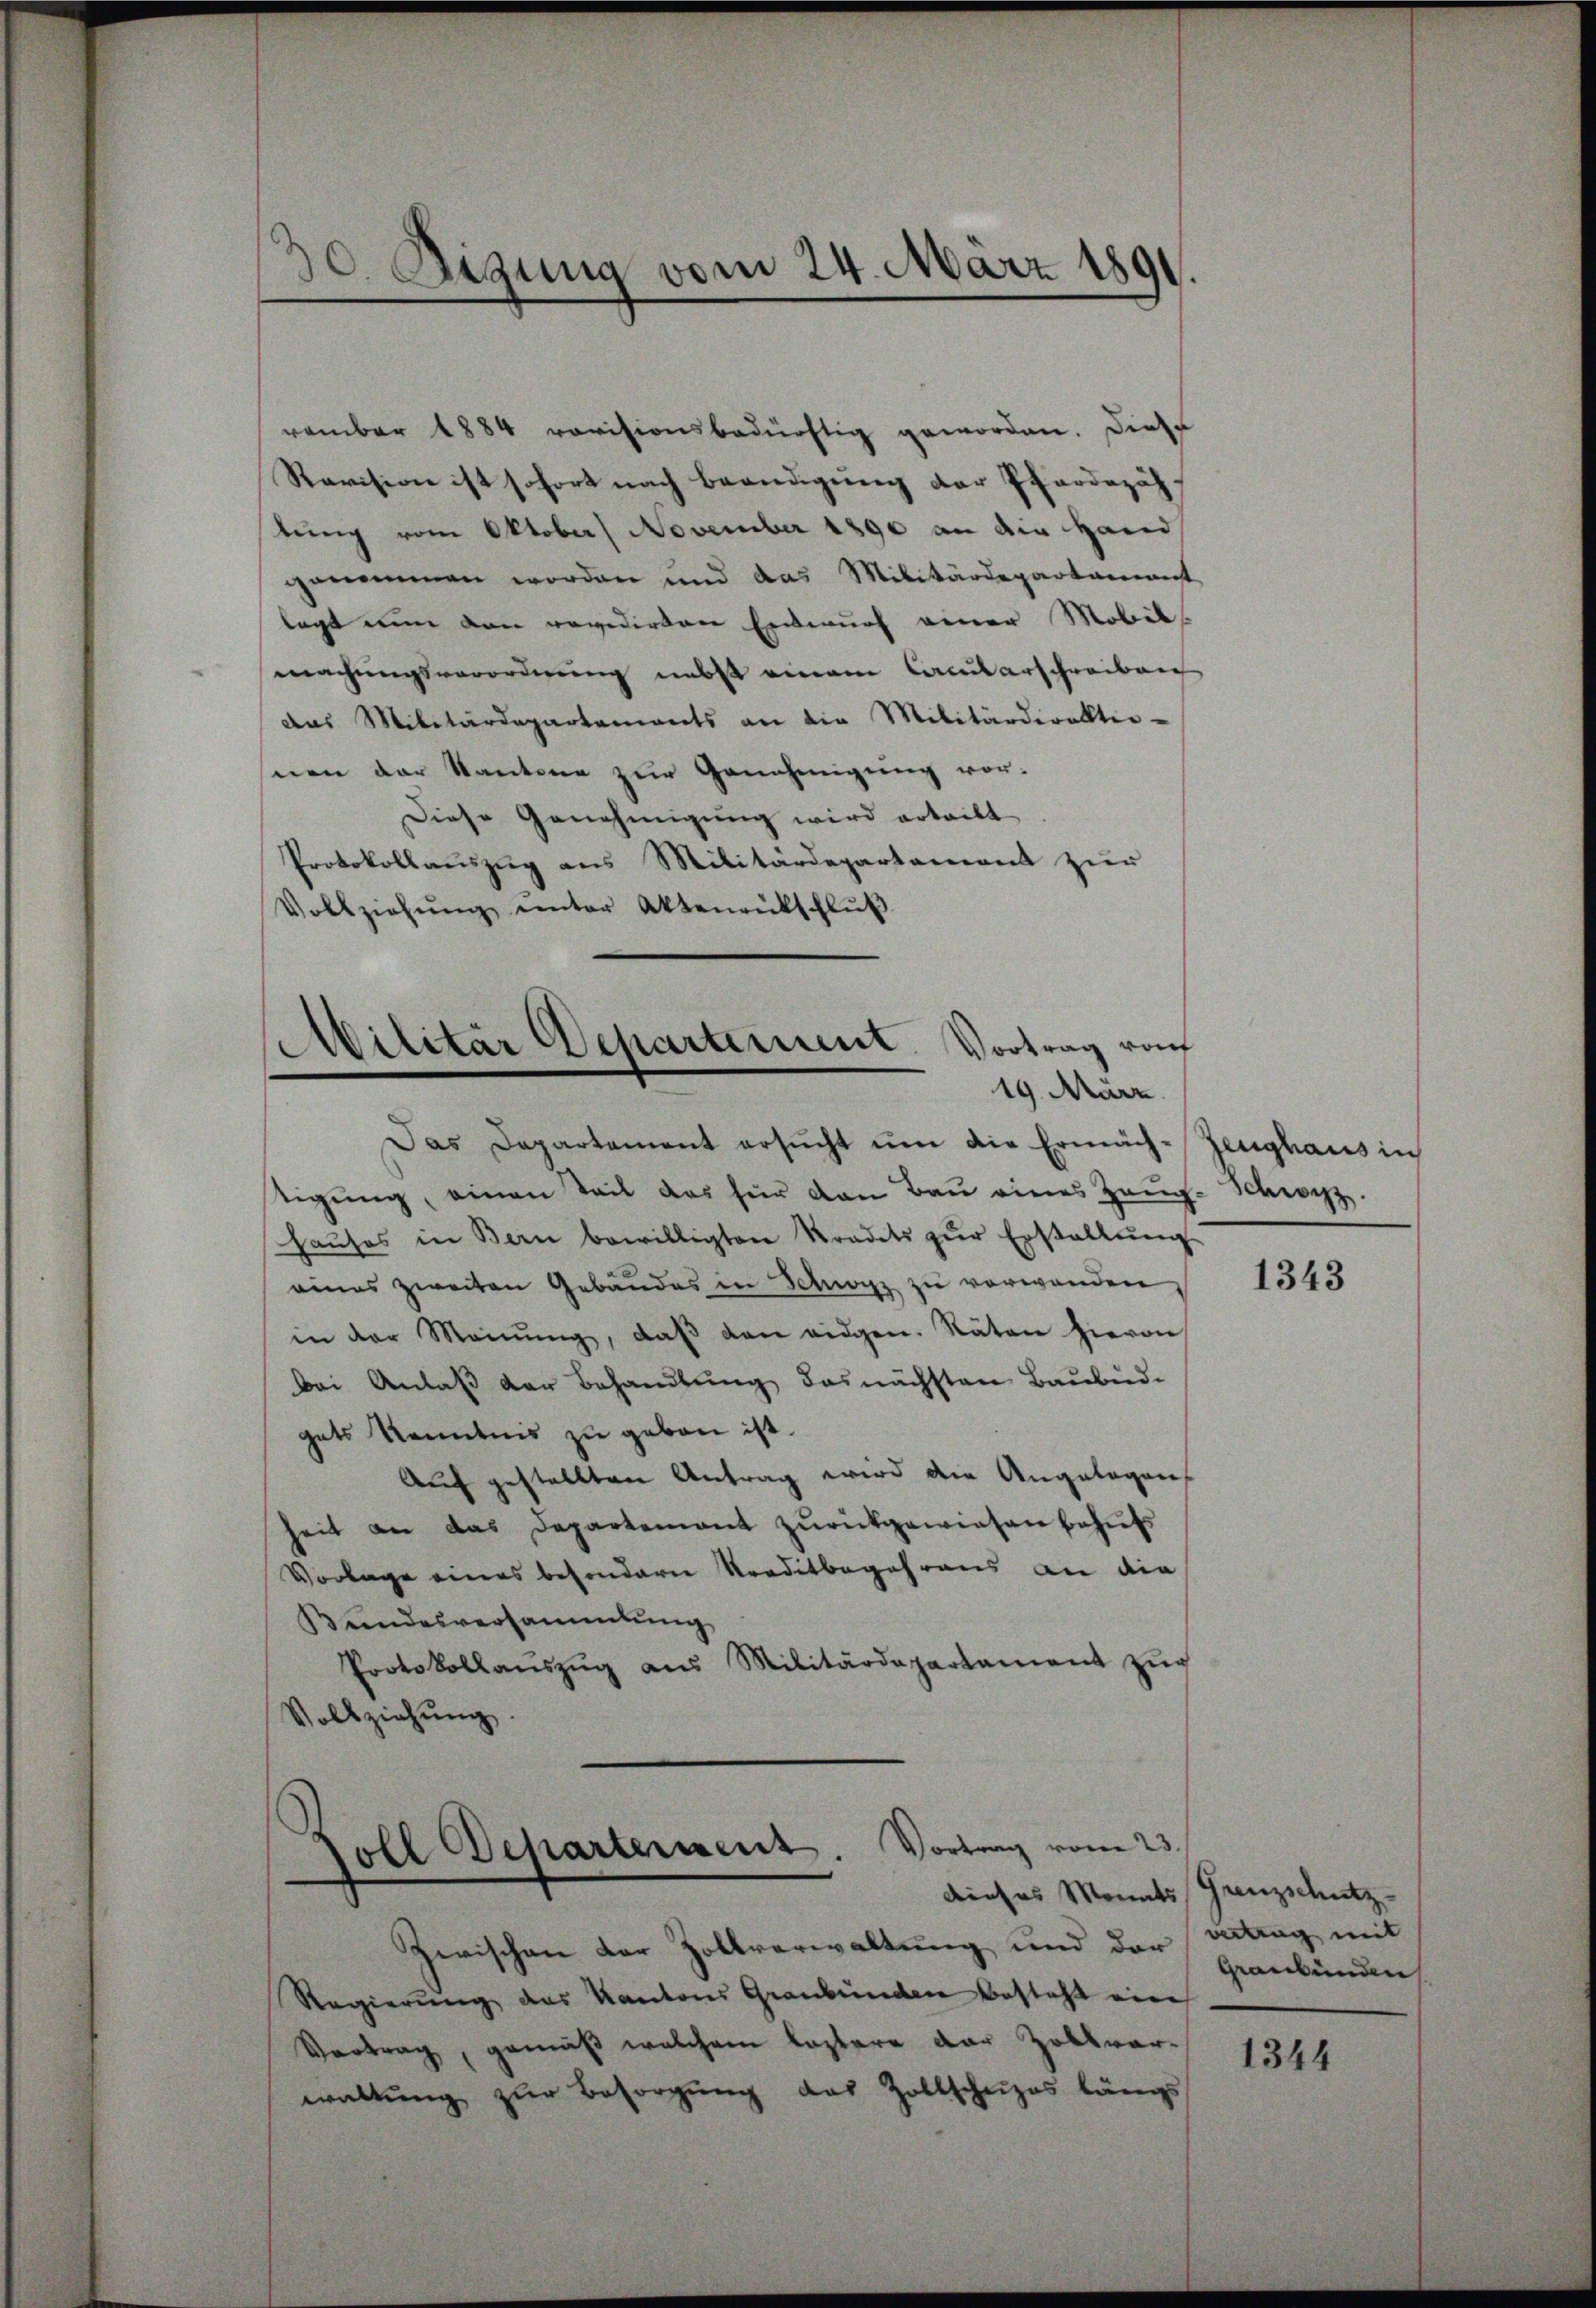
30. Digung vom 24. März 1891.

vamber 1884 revisionsbedürftig geworden. Diese
Revision ist sofort nach Beendigung der Pferdezäh
tung vom Oktober November 1890 an die Hand
genommen worden und das Militärdepartament
legt nun den revidirten Entwurf einer Mobil
machungsverordnung nebst einem Cantarschreiben
das Militärdepartements an die Militärdiralter-
nen der Kantone zur Genehmigung vor-
Diese Genehmigung wird erteilt
Protokollaŭszŭg ans Militärdepartement zŭr
Vollziehŭng ŭnter Aktenrütschlŭβ

Militär Departement. Vortrag vo
19. März.

soll Departerient. Vortrag vom 23.
dieses Monats Grenzschutz-

Das Departement ersŭcht ŭm die Ermäch-Zeughaus in
tigung, einen Teil das für den Bau eines Haŭs- Schwyz.
haŭses in Bern bewilligten Stradits zŭr Erstellŭng
eines zweiten Gebäudes in Schwyz zu verwanden
in der Meinŭng, daβ den eidgen. Räten hievon
bei Anlaß der Behandlung das nächsten Baubend.
gats Kenntnis zu geben ist.
Auch gestellten Antrag wird die Angelegen
heit an das Departement zŭrückgewiesen behufs
Vorlage eines besondere Traditbegehrens an die
Bundesversammlung
Protokollaŭszŭg aŭs Militärdepartament zŭr
Vollziehŭng.

Zwischen der Zollverwaltung und der vertrag mit
Regierung des Kantons Graubünden besteht eine
Vortrag, gemäß welchem leztere der Zollvorwaltŭng zŭr Besorgŭng das Zollschuzes längs

1343

Graubünden

1344